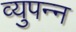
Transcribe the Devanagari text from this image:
व्युपन्न